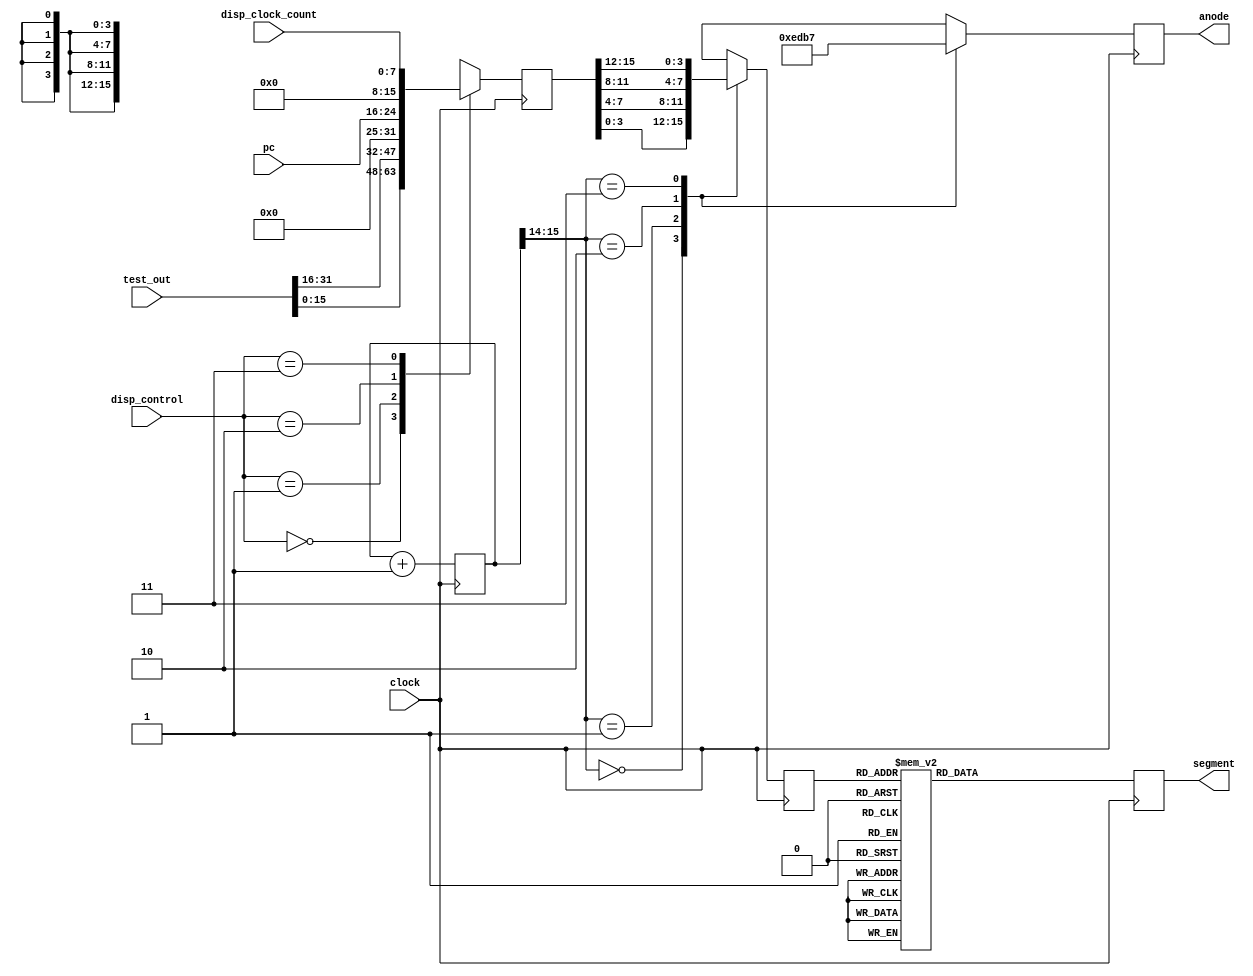
module debug_out(
	input clock,
	input [7:0] disp_clock_count,
	input [8:0] pc,
	input [31:0] test_out,
	input [1:0] disp_control,
	output reg [3:0] anode,
	output reg [7:0] segment
);

reg [15:0] num;
reg [3:0]  code  =  4'b0;
reg [15:0] count = 15'b0;

always @(posedge clock) begin

	case (disp_control)
		2'b00: num <= test_out[15:0];
		2'b01: num <= test_out[31:16];
		2'b10: num <= {7'b0000000, pc[8:0]};
		2'b11: num <= disp_clock_count;
	endcase

	case (count[15:14])
		2'b00: begin
			anode <= 4'b1110; 
			code <= num[3:0];
		end
		2'b01: begin
			anode <= 4'b1101;
			code <= num[7:4];
		end
		2'b10: begin
			anode <= 4'b1011;
			code <= num[11:8];
		end
		2'b11: begin
			anode <= 4'b0111;
			code <= num[15:12];
		end
	endcase
	case (code)
		4'b0000: segment <= 8'b11000000;
		4'b0001: segment <= 8'b11111001;
		4'b0010: segment <= 8'b10100100;
		4'b0011: segment <= 8'b10110000;
		4'b0100: segment <= 8'b10011001;
		4'b0101: segment <= 8'b10010010;
		4'b0110: segment <= 8'b10000010;
		4'b0111: segment <= 8'b11111000;
		4'b1000: segment <= 8'b10000000;
		4'b1001: segment <= 8'b10010000;
		4'b1010: segment <= 8'b10001000;
		4'b1011: segment <= 8'b10000011;
		4'b1100: segment <= 8'b11000110;
		4'b1101: segment <= 8'b10100001;
		4'b1110: segment <= 8'b10000110;
		4'b1111: segment <= 8'b10001110;
		default: segment <= 8'b11111111;
	endcase
	count <= count + 1;
end

endmodule